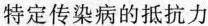
特定传染病的抵抗力